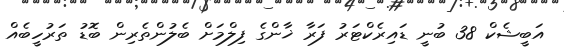
އަބީޝެކް 38 ބުނީ ޑައިރެކްޓަރު ފަރާ ޚާންގެ ފިލްމަށް ބެލުންތެރިން ބޮޑު ތަރުހީބެއް